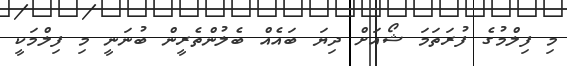
މި ފިލްމުގެ ފުރަތަމަ ޝޯއަަށް ދިޔަ ބައެއް ބެލުންތެރީން ބުނަނީ މި ފިލްމަކީ